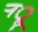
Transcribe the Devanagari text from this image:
र्‍ाॣ